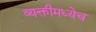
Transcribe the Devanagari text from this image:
व्यक्तीमध्येच